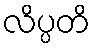
လိပ္ပတိ